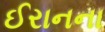
ઈરાનના